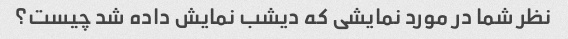
نظر شما در مورد نمایشی که دیشب نمایش داده شد چیست؟